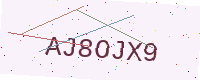
Text: AJ8OJX9